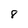
Character: 8